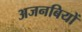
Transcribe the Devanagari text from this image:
अजनबियों